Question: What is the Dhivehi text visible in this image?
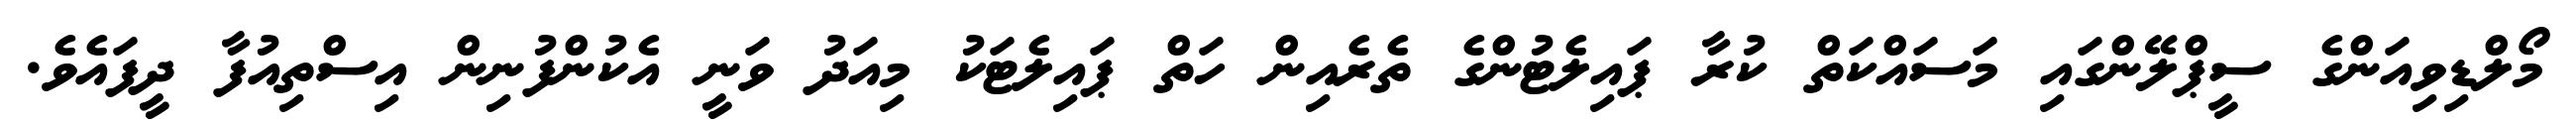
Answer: މޯލްޑިވިއަންގެ ސީޕްލޭންގައި މަސައްކަތް ކުރާ ޕައިލެޓުންގެ ތެރެއިން ހަތް ޕައިލެޓަކު މިއަދު ވަނީ އެކުންފުނިން އިސްތިއުފާ ދީފައެވެ.